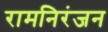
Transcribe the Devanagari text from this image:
रामनिरंजन